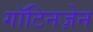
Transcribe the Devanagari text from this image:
गॉटिनज़ेन